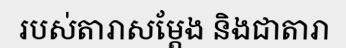
របស់តារាសម្តែង និងជាតារា